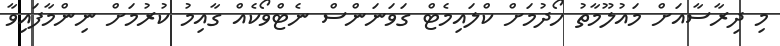
މި ދިރާސާއަށް މައުލޫމާތު ހޯދުމަށް ކްލައިމެޓް ގަވަނަންސް ނެޓްވޯކެއް ގާއިމު ކުރުމަށް ނިންމާފައިވާ